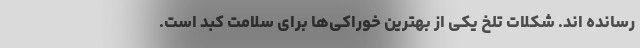
رسانده اند. شکلات تلخ یکی از بهترین خوراکی‌ها برای سلامت کبد است.